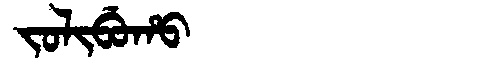
Manchu: ᠵᠣᠯᡳᠪᡠᡥᠣ
Romanization: JOLIBUHO